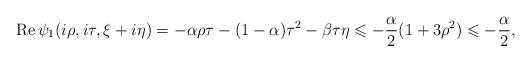
LaTeX: \begin{align*}\operatorname{Re}\psi_1(i\rho,i\tau,\xi+i\eta)=-\alpha\rho\tau-(1-\alpha)\tau^2-\beta \tau\eta\leqslant -\frac{\alpha}{2}(1+3\rho^2)\leqslant-\frac{\alpha}{2},\end{align*}